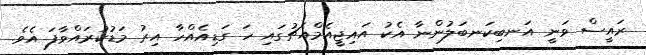
ރައީސް ވަނީ އަނބިކަނބަލުންނާ އެކު އައިޖީއެމްއެޗުގައި ހަ ގަޑިއެއްހާ އިރު މަޑުކުރައްވާފަ އެވެ.